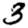
Digit: 3